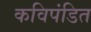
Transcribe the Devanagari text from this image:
कविपंडित